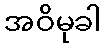
အဝိမုခါ